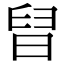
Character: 𣇀